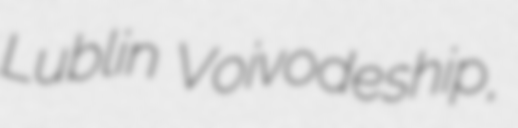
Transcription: Lublin Voivodeship,